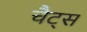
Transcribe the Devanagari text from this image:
चैट्स